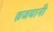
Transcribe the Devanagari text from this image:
व्रजयानी